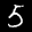
Label: 5